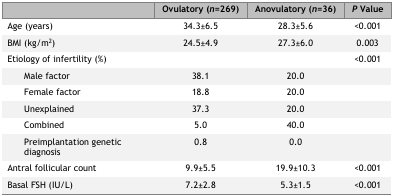
|  | Ovulatory (n=269) | Anovulatory (n=36) | P Value |
 | --- | --- | --- | --- |
 | Age (years) | 34.3±6.5 | 28.3±5.6 | <0.001 |
 | BMI (kg/m2) | 24.5±4.9 | 27.3±6.0 | 0.003 |
 | Etiology of infertility (%) |  |  | <0.001 |
 | Male factor | 38.1 | 20.0 |  |
 | Female factor | 18.8 | 20.0 |  |
 | Unexplained | 37.3 | 20.0 |  |
 | Combined | 5.0 | 40.0 |  |
 | Preimplantation genetic diagnosis | 0.8 | 0.0 |  |
 | Antral follicular count | 9.9±5.5 | 19.9±10.3 | <0.001 |
 | Basal FSH (IU/L) | 7.2±2.8 | 5.3±1.5 | <0.001 |